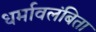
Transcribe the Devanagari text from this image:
धर्मावलंबिता